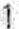
1